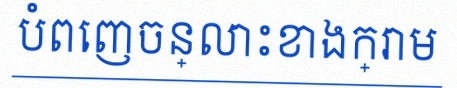
បំពេញចន្លោះខាងក្រោម